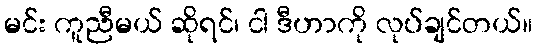
မင်း ကူညီမယ် ဆိုရင်၊ ငါ ဒီဟာကို လုပ်ချင်တယ်။